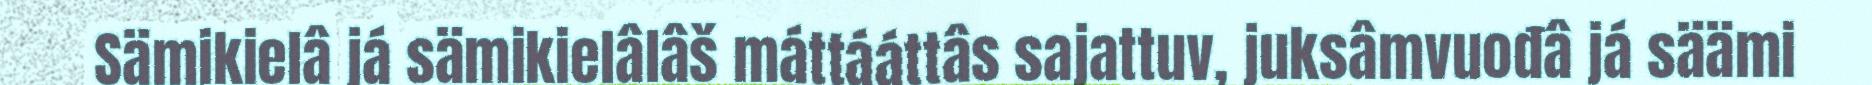
Sämikielâ já sämikielâlâš máttááttâs sajattuv, juksâmvuođâ já säämi